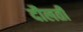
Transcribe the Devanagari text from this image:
दौलती